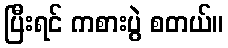
ပြီးရင် ကစားပွဲ စတယ်။